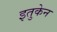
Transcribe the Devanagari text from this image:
इतुकेन